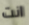
انت